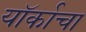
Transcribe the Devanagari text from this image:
यॉर्काचा